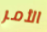
الأمر